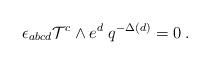
\begin{align*}\; \epsilon_{abcd} {\cal T}^{c} \wedge e^{d}\; q^{-\Delta(d)} = 0 \;.\end{align*}